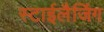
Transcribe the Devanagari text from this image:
स्टाईलैजिंग